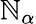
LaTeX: \mathbb{N}_{\alpha}